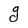
Character: g